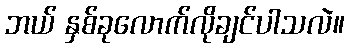
ဘယ် နှစ်ခုလောက်လိုချင်ပါသလဲ။